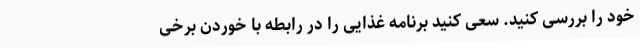
خود را بررسی کنید. سعی کنید برنامه غذایی را در رابطه با خوردن برخی